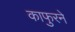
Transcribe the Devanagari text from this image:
काफुरने